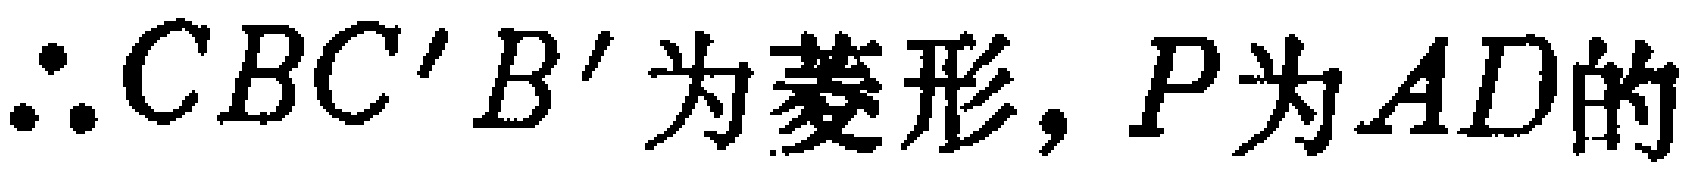
$\therefore CBC'B'为菱形, P为AD的$